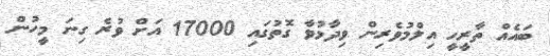
ބައެއް ތާރީހީ އިލްމުވެރިން ވިދާޅުވާ ގޮތުގައި 17000 އަށް ވުރެ ގިނަ މީހުން